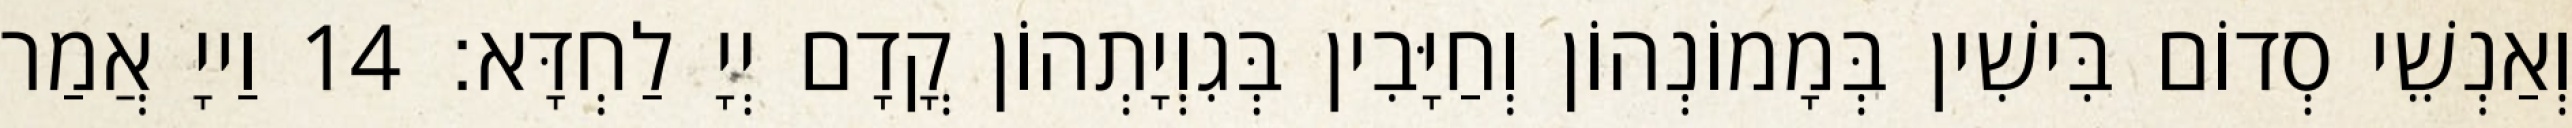
וְאַנְשֵׁי סְדוֹם בִּישִׁין בְּמָמוֹנְהוֹן וְחַיָּבִין בְּגִוְיָתְהוֹן קֳדָם יְיָ לַחְדָּא׃ 14 וַייָ אֲמַר